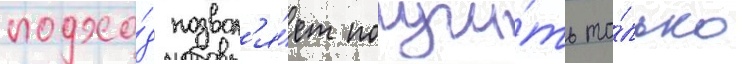
подхо́д позвол'я́ет получи́ть то́лько